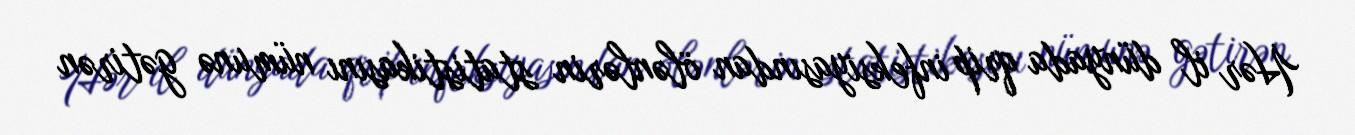
Hər il dünyada qrip infeksiyasından ölənlərin statistikasını nümunə gətirən